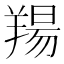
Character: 𦎪